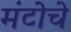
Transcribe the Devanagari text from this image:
मंटोचे